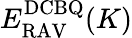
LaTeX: E_{\mathrm{RAV}}^{\mathrm{DCBQ}}(K)